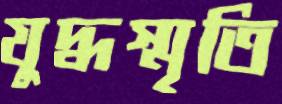
যুদ্ধস্মৃতি